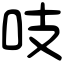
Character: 吱